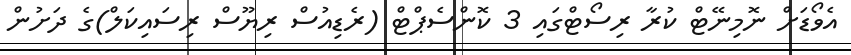
އެވޯޑަށް ނޮމިނޭޓް ކުރާ ރިސޯޓްގައި 3 ކޮންސެޕްޓް (ރެޑިއުސް ރިޔޫސް ރިސައިކަލް)ގެ ދަށުން